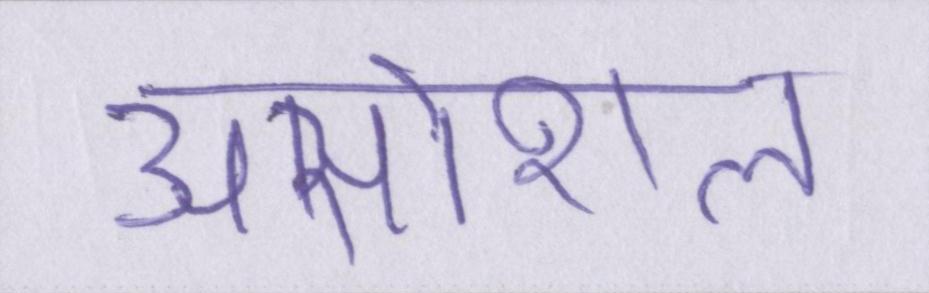
असोशल